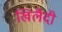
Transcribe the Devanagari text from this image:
खिलैदी